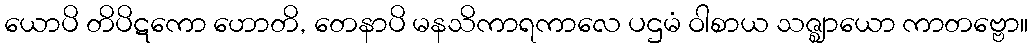
ယောပိ တိပိဋကော ဟောတိ, တေနာပိ မနသိကာရကာလေ ပဌမံ ဝါစာယ သဇ္ဈာယော ကာတဗ္ဗော။